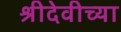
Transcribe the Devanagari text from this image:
श्रीदेवीच्या